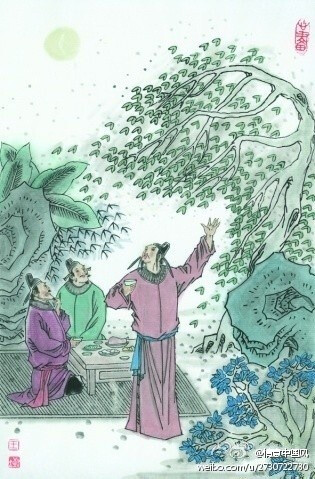
倚篷窗无寐，引杯孤酌。